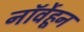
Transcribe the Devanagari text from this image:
नॉर्वेहून